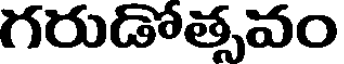
గరుడోతృవం